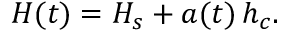
\begin{array} { r } { H ( t ) = H _ { s } + a ( t ) \, h _ { c } . } \end{array}